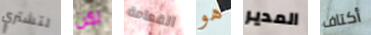
لتشتري لكن القمامة هو المدير أكتاف